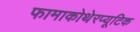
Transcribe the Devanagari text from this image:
फामाकोथेरप्यूटिक